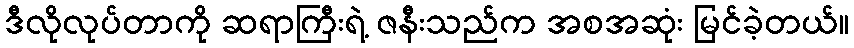
ဒီလိုလုပ်တာကို ဆရာကြီးရဲ့ ဇနီးသည်က အစအဆုံး မြင်ခဲ့တယ်။